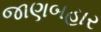
જાણબહાર